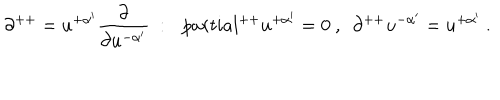
\partial ^ { + + } = u ^ { + \alpha ^ { \prime } } { \frac { \partial } { \partial u ^ { - \alpha ^ { \prime } } } } \ : \ \ \, p a r t i a l ^ { + + } u ^ { + \alpha ^ { \prime } } = 0 \ , \ \ \partial ^ { + + } u ^ { - \alpha ^ { \prime } } = u ^ { + \alpha ^ { \prime } } \ .